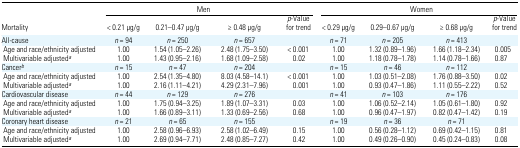
<table><thead><tr><td></td><td colspan="4"><b>Men</b></td><td colspan="4"><b>Women</b></td></tr><tr><td><b>Mortality</b></td><td><b>&lt; 0.21 μg/g</b></td><td><b>0.21–0.47 μg/g</b></td><td><b>≥ 0.48 μg/g</b></td><td><b><i>p</i>-Value for trend</b></td><td><b>&lt; 0.29 μg/g</b></td><td><b>0.29–0.67 μg/g</b></td><td><b>≥ 0.68 μg/g</b></td><td><b><i>p</i>-Value for trend</b></td></tr></thead><tbody><tr><td>All-cause</td><td><i>n</i> = 94</td><td><i>n</i> = 250</td><td><i>n</i> = 657</td><td></td><td><i>n</i> = 71</td><td><i>n</i> = 205</td><td><i>n</i> = 413</td><td></td></tr><tr><td> Age and race/ethnicity adjusted</td><td>1.00</td><td>1.54 (1.05–2.26)</td><td>2.48 (1.75–3.50)</td><td>&lt; 0.001</td><td>1.00</td><td>1.32 (0.89–1.96)</td><td>1.66 (1.18–2.34)</td><td>0.005</td></tr><tr><td> Multivariable adjusteda</td><td>1.00</td><td>1.43 (0.95–2.16)</td><td>1.68 (1.09–2.58)</td><td>0.02</td><td>1.00</td><td>1.18 (0.78–1.78)</td><td>1.14 (0.78–1.66)</td><td>0.87</td></tr><tr><td>Cancerb</td><td><i>n</i> = 15</td><td><i>n</i> = 47</td><td><i>n</i> = 204</td><td></td><td><i>n</i> = 15</td><td><i>n</i> = 46</td><td><i>n</i> = 112</td><td></td></tr><tr><td> Age and race/ethnicity adjusted</td><td>1.00</td><td>2.54 (1.35–4.80)</td><td>8.03 (4.58–14.1)</td><td>&lt; 0.001</td><td>1.00</td><td>1.03 (0.51–2.08)</td><td>1.76 (0.88–3.50)</td><td>0.02</td></tr><tr><td> Multivariable adjusteda</td><td>1.00</td><td>2.16 (1.11–4.21)</td><td>4.29 (2.31–7.96)</td><td>0.001</td><td>1.00</td><td>0.93 (0.47–1.86)</td><td>1.11 (0.55–2.22)</td><td>0.52</td></tr><tr><td>Cardiovascular disease</td><td><i>n</i> = 44</td><td><i>n</i> = 129</td><td><i>n</i> = 276</td><td></td><td><i>n</i> = 41</td><td><i>n</i> = 103</td><td><i>n</i> = 176</td><td></td></tr><tr><td> Age and race/ethnicity adjusted</td><td>1.00</td><td>1.75 (0.94–3.25)</td><td>1.89 (1.07–3.31)</td><td>0.03</td><td>1.00</td><td>1.06 (0.52–2.14)</td><td>1.05 (0.61–1.80)</td><td>0.92</td></tr><tr><td> Multivariable adjusteda</td><td>1.00</td><td>1.66 (0.89–3.11)</td><td>1.33 (0.69–2.56)</td><td>0.68</td><td>1.00</td><td>0.96 (0.47–1.97)</td><td>0.82 (0.47–1.42)</td><td>0.19</td></tr><tr><td>Coronary heart disease</td><td><i>n</i> = 21</td><td><i>n</i> = 65</td><td><i>n</i> = 155</td><td></td><td><i>n</i> = 19</td><td><i>n</i> = 36</td><td><i>n</i> = 71</td><td></td></tr><tr><td> Age and race/ethnicity adjusted</td><td>1.00</td><td>2.58 (0.96–6.93)</td><td>2.58 (1.02–6.49)</td><td>0.15</td><td>1.00</td><td>0.56 (0.28–1.12)</td><td>0.69 (0.42–1.15)</td><td>0.81</td></tr><tr><td> Multivariable adjusteda</td><td>1.00</td><td>2.69 (0.94–7.71)</td><td>2.48 (0.85–7.27)</td><td>0.42</td><td>1.00</td><td>0.49 (0.26–0.90)</td><td>0.45 (0.24–0.83)</td><td>0.08</td></tr></tbody></table>